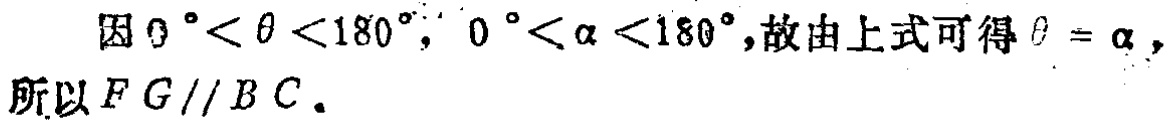
因 \(0^{\circ}<\theta<180^{\circ}\)，\(0^{\circ}<\alpha<180^{\circ}\)，故由上式可得 \(\theta = \alpha\)，所以 \(FG\parallel BC\)。